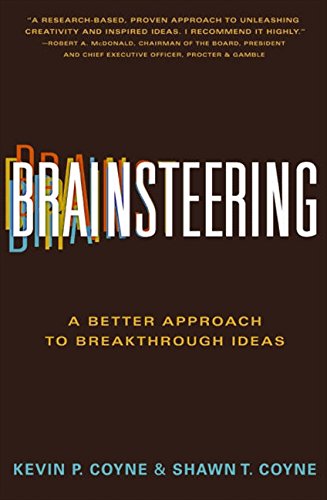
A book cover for Brainsteering: A Better Approach to Breakthrough Ideas; Kevin P. Coyne; Business & Money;